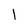
Character: l